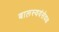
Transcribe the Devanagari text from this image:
बालस्वयंसेवक